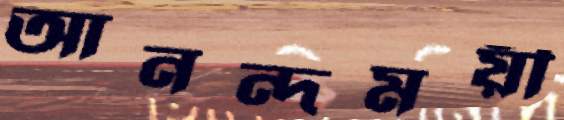
আনন্দময়ী